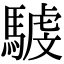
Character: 𩤾